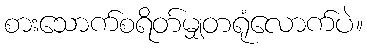
စားသောက်စရိတ်မျှတရုံလောက်ပဲ။